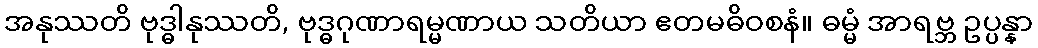
အနုဿတိ ဗုဒ္ဓါနုဿတိ, ဗုဒ္ဓဂုဏာရမ္မဏာယ သတိယာ ဧတမဓိဝစနံ။ ဓမ္မံ အာရဗ္ဘ ဥပ္ပန္နာ